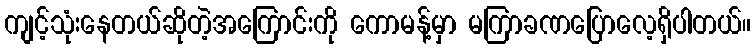
ကျင့်သုံးနေတယ်ဆိုတဲ့အကြောင်းကို ကောမန့်မှာ မကြာခဏပြောလေ့ရှိပါတယ်။